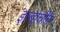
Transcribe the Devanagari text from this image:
इन्डोचीन